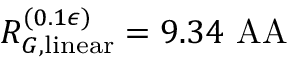
R _ { G , \mathrm { l i n e a r } } ^ { ( 0 . 1 \epsilon ) } = 9 . 3 4 \mathrm { \ A A }